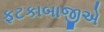
ફટકાબાજીએ